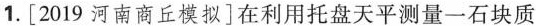
1.[2019河南商丘模拟]在利用托盘天平测量一石块质